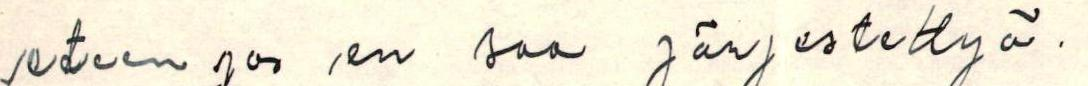
eteen jos en saa järjestettyä.